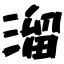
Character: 溜